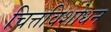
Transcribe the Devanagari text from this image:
चित्तविशोधन